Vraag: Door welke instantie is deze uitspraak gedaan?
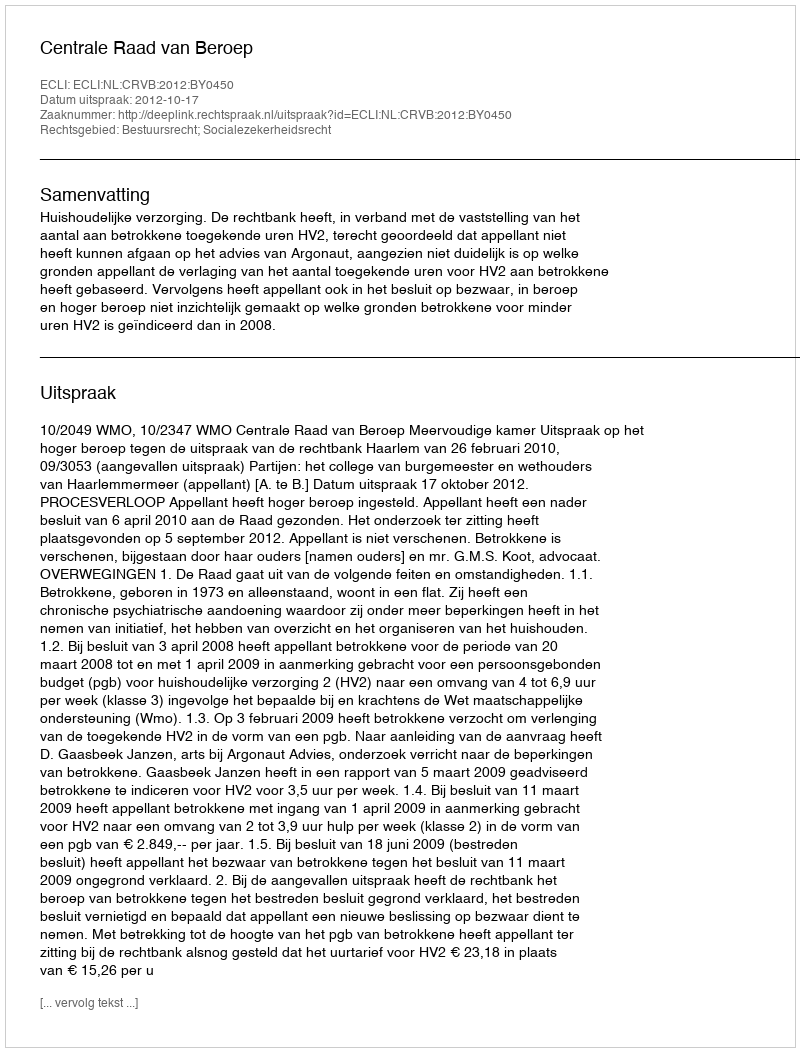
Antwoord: Centrale Raad van Beroep